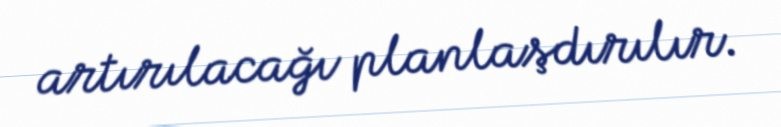
artırılacağı planlaşdırılır.